Report of the Municipal Commissioner on the plague in Bombay for the year ending 31st May... - Volume 2
Disease focus: Plague
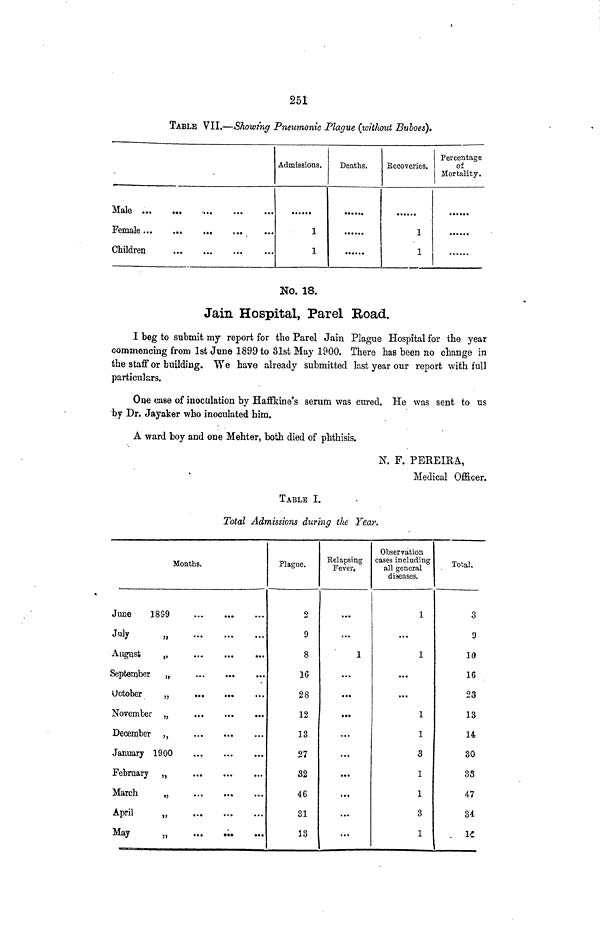
251
TABLE VII.—Showing Pneumonic Plague {without Buboes),
Male
Female
Children
Admissions.
1
1
Deaths.
Eeeoveries.
1
1
Percentage
of
Mortality.
No. 18.
Jain Hospital, Parel Road.
I beg to submit my report for the Parel Jain Plague Hospital for the year
commencing from 1st June 1899 to 31st May 1900. There has been no change in
the staff or building. We have already submitted last year our report with full
particulars.
One case of inoculation by Haffkine's serum was cured. He was sent to us
by Dr. Jayaker who inoculated him.
A ward boy and one Mehter, both died of phthisis.
X. F. PEREIRA,
Medical Officer.
TABLE I.
Total Admissions during the Year.
Months.
June
1899
J%
»
August
„
September
„
...
...
...
October
„
November „
December ,,
January 1900
February „
March
„
April
„
May
„
...
Plague.
2
9
8
16
28
12
13
27
32
46
31
13
Eolapsing
Fever.
• •%
...
1
...
...
...
...
...
...
...
...
...
Observation
cases including
all general
diseases.
1
...
1
...
...
1
1
3
1
1
3
1
Total.
3
9
10
16
23
13
14
30
33
47
34
If